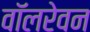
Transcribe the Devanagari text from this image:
वॉलरेवन